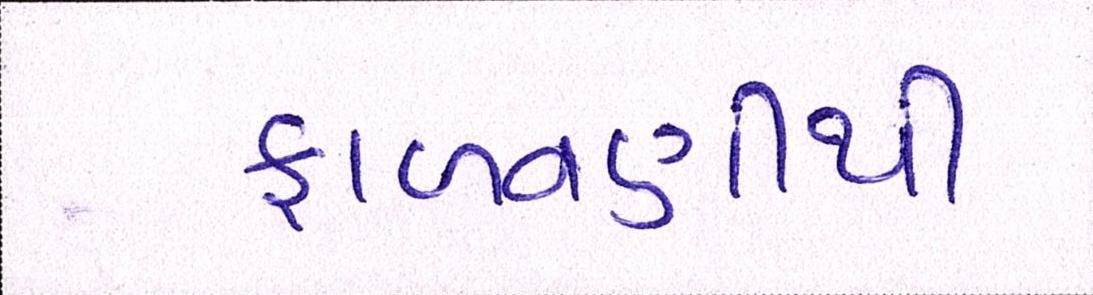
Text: ફાળવણીથી